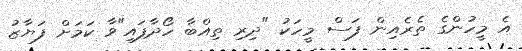
އެ މީހުންގެ ތެރެއިން ފަސް މީހަކު "ދިރި ތިއްބާ ހޯދާފައި"ވާ ކަމަށް ފަޔާޒު